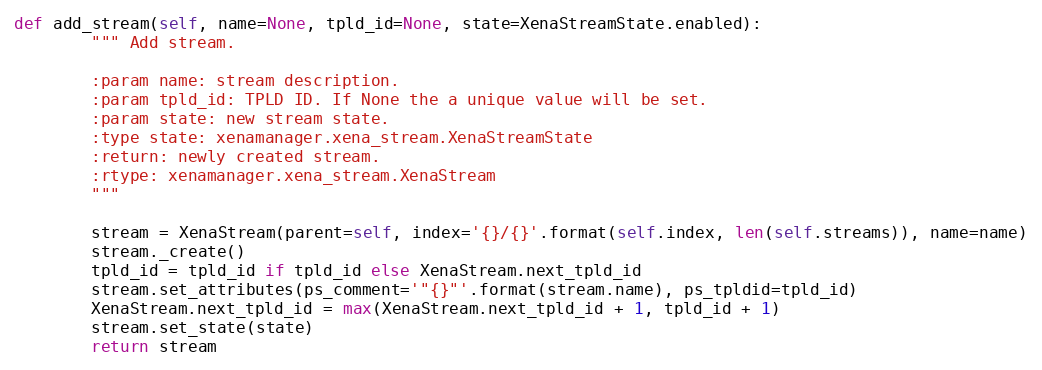
Language: Python
def add_stream(self, name=None, tpld_id=None, state=XenaStreamState.enabled):
        """ Add stream.

        :param name: stream description.
        :param tpld_id: TPLD ID. If None the a unique value will be set.
        :param state: new stream state.
        :type state: xenamanager.xena_stream.XenaStreamState
        :return: newly created stream.
        :rtype: xenamanager.xena_stream.XenaStream
        """

        stream = XenaStream(parent=self, index='{}/{}'.format(self.index, len(self.streams)), name=name)
        stream._create()
        tpld_id = tpld_id if tpld_id else XenaStream.next_tpld_id
        stream.set_attributes(ps_comment='"{}"'.format(stream.name), ps_tpldid=tpld_id)
        XenaStream.next_tpld_id = max(XenaStream.next_tpld_id + 1, tpld_id + 1)
        stream.set_state(state)
        return stream